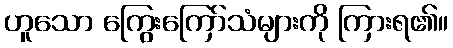
ဟူသော ကြွေးကြော်သံများကို ကြားရ၏။